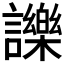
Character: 𧭥